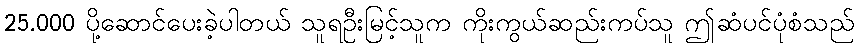
25.000 ပို့ဆောင်ပေးခဲ့ပါတယ် သူရဦးမြင့်သူက ကိုးကွယ်ဆည်းကပ်သူ ဤဆံပင်ပုံစံသည်